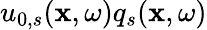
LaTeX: u_{0,s}(\mathbf{x},\omega)q_{s}(\mathbf{x},\omega)